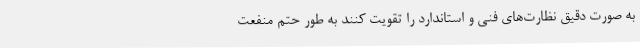
به صورت دقیق نظارت‌های فنی و استاندارد را تقویت کنند به طور حتم منفعت